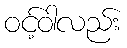
ဝင့်ဝါလည်း